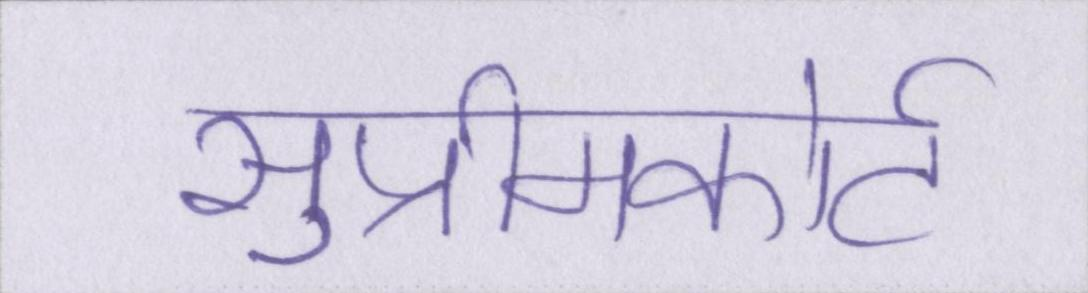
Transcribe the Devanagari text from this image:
सुप्रीमकोर्ट